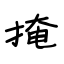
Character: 掩